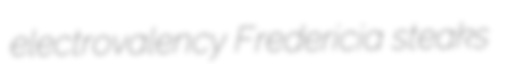
electrovalency Fredericia steaks